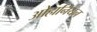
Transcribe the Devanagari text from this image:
ओहानियन